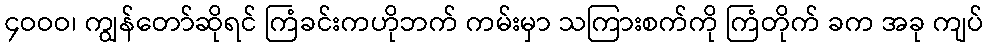
၄ဝဝဝ၊ ကျွန်တော်ဆိုရင် ကြံခင်းကဟိုဘက် ကမ်းမှာ သကြားစက်ကို ကြံတိုက် ခက အခု ကျပ်